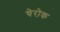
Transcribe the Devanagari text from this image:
चेरोक